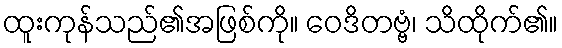
ထူးကုန်သည်၏အဖြစ်ကို။ ဝေဒိတဗ္ဗံ၊ သိထိုက်၏။